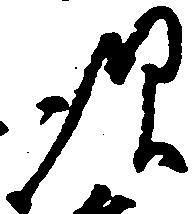
次